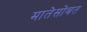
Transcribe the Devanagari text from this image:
मातेसोबत